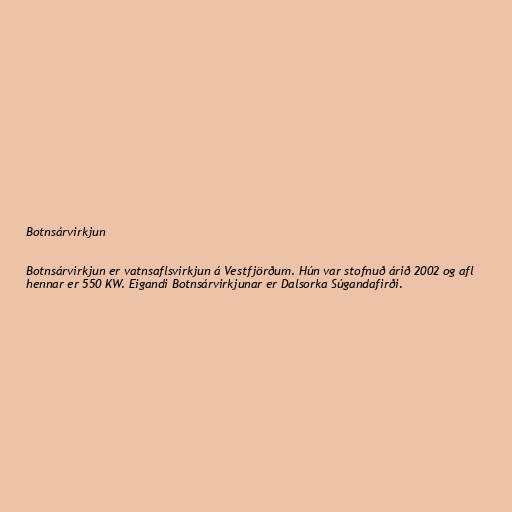
Botnsárvirkjun

Botnsárvirkjun er vatnsaflsvirkjun á Vestfjörðum. Hún var stofnuð árið 2002 og afl
hennar er 550 KW. Eigandi Botnsárvirkjunar er Dalsorka Súgandafirði.